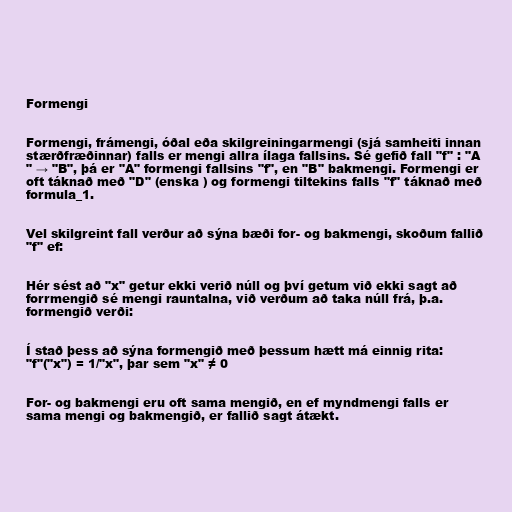
Formengi

Formengi, frámengi, óðal eða skilgreiningarmengi (sjá samheiti innan
stærðfræðinnar) falls er mengi allra ílaga fallsins. Sé gefið fall "f" : "A
" → "B", þá er "A" formengi fallsins "f", en "B" bakmengi. Formengi er
oft táknað með "D" (enska ) og formengi tiltekins falls "f" táknað með
formula_1.

Vel skilgreint fall verður að sýna bæði for- og bakmengi, skoðum fallið
"f" ef:

Hér sést að "x" getur ekki verið núll og því getum við ekki sagt að
forrmengið sé mengi rauntalna, við verðum að taka núll frá, þ.a.
formengið verði:

Í stað þess að sýna formengið með þessum hætt má einnig rita:
"f"("x") = 1/"x", þar sem "x" ≠ 0

For- og bakmengi eru oft sama mengið, en ef myndmengi falls er
sama mengi og bakmengið, er fallið sagt átækt.